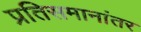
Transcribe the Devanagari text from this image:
प्रतिसमानांतर